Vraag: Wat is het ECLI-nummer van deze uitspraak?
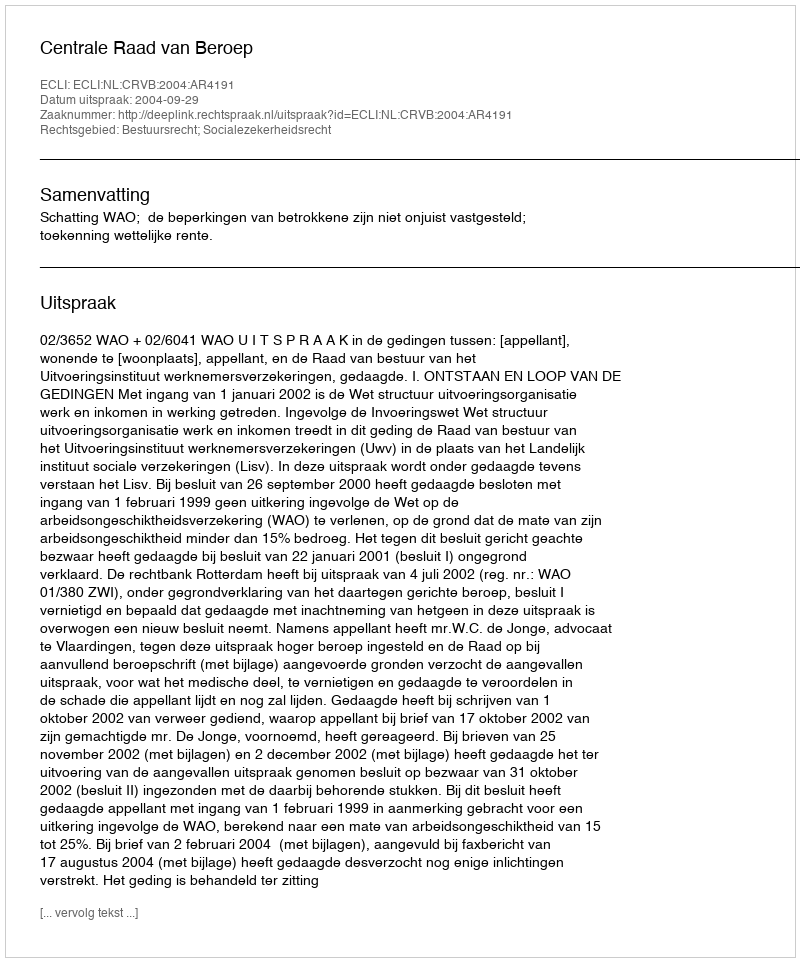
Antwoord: ECLI:NL:CRVB:2004:AR4191